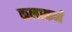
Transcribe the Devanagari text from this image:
कलाकर्म